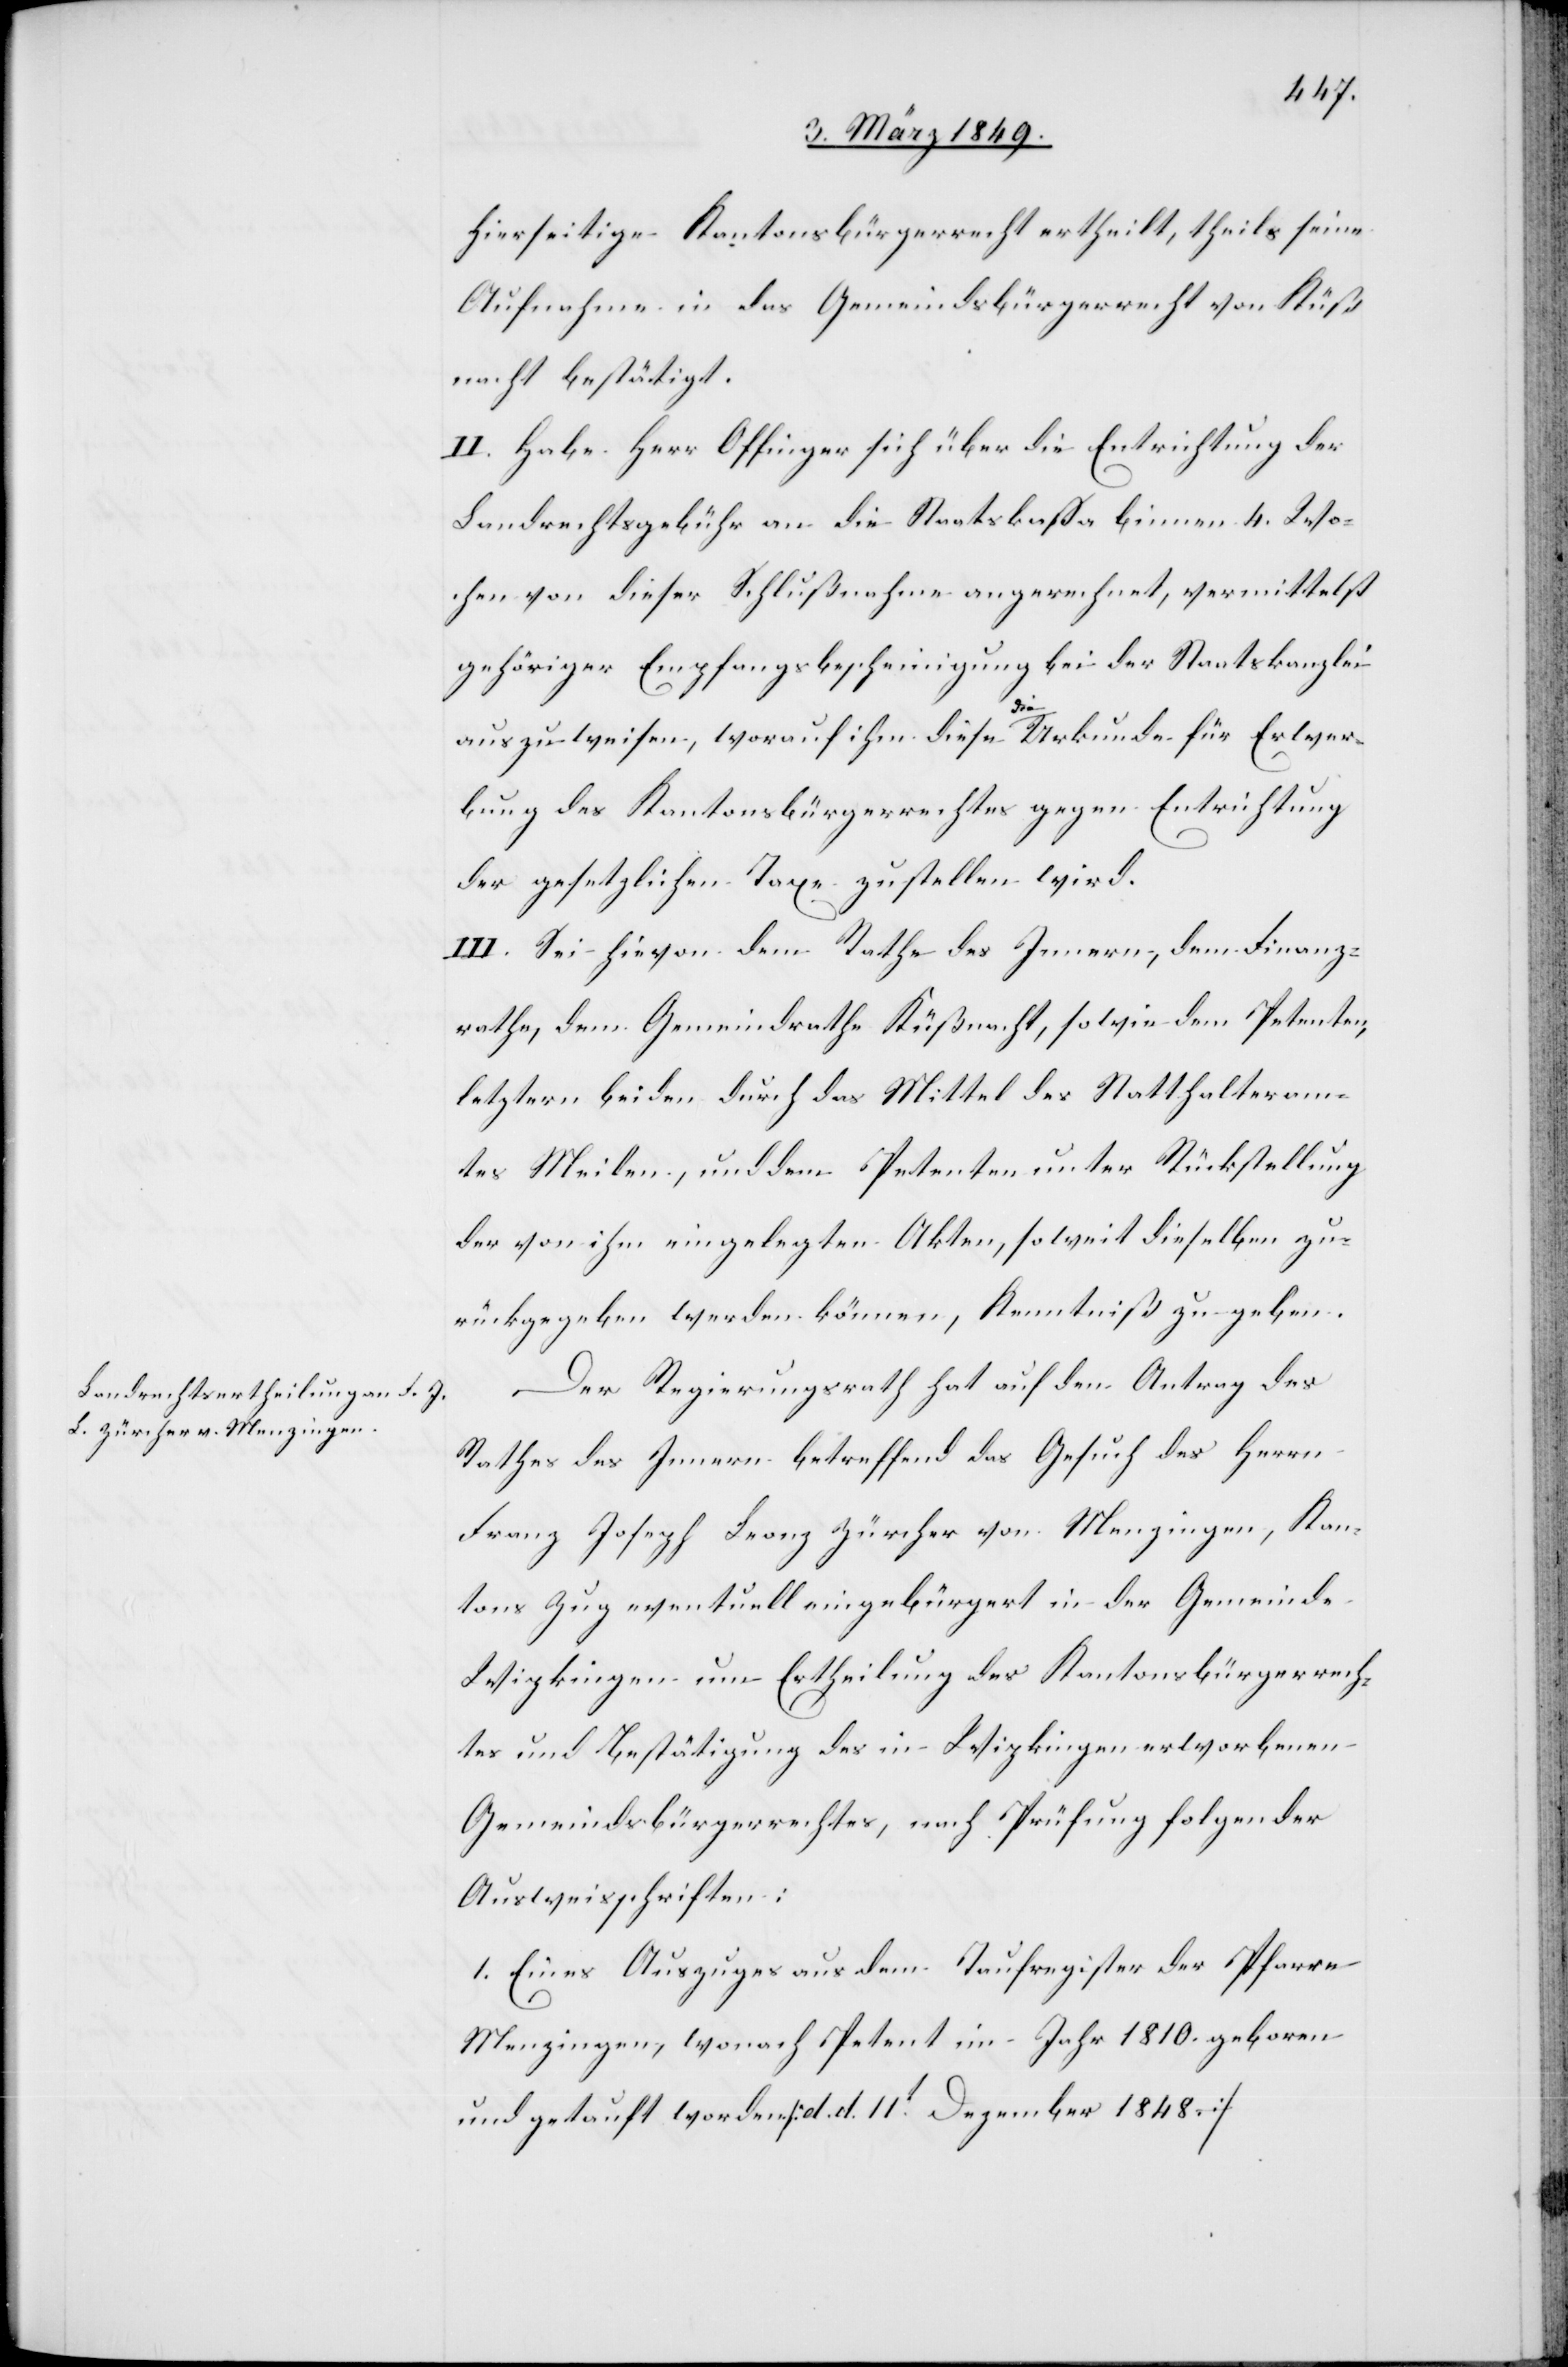
hierseitige Kantonsbürgerrecht ertheilt, theils seine
Aufnahme in das Gemeindsbürgerrecht von Küß¬
nacht bestätigt.
II. Habe Herr Offinger sich über die Entrichtung der
Landrechtsgebühr an die Staatskassa binnen 4. Wo¬
chen von dieser Schlußnahme an gerechnet, vermittelst
gehöriger Empfangsbescheinigung bei der Staatskanzlei
auszuweisen, worauf ihm diese die Urkunde für Erwer¬
bung des Kantonsbürgerrechtes gegen Entrichtung
der gesetzlichen Taxe zustellen wird.
III. Sei hievon dem Rathe des Innern, dem Finanz¬
rathe, dem Gemeindrathe Küßnacht, sowie dem Petenten,
letztern beiden durch das Mittel des Statthalteram¬
tes Meilen, und dem Petenten unter Rückstellung
der von ihm eingelegten Akten, soweit dieselben zu¬
rückgegeben werden können, Kenntniß zu geben.
Der Regierungsrath hat auf den Antrag des
Rathes des Innern betreffend das Gesuch des Herrn
Franz Joseph Leonz Zürcher von Menzingen, Kan¬
tons Zug eventuell eingebürgert in der Gemeinde
Wipkingen um Ertheilung des Kantonsbürgerrech¬
tes und Bestätigung des in Wipkingen erworbenen
Gemeindsbürgerrechtes, nach Prüfung folgender
Ausweisschriften:
1. Eines Auszuges aus dem Taufregister der Pfarre
Menzingen, wonach Petent im Jahr 1810. geboren
und getauft worden [d. d. 11t. Dezember 1848.]